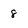
Character: 8